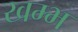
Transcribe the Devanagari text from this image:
खम्‍भ